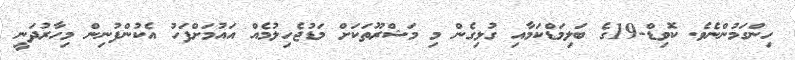
ހިންގަމުންނެވެ. ކޮވިޑް-19ގެ ބަލިމަޑްކަމާއި ގުޅިގެން މި މަޝްރޫތަކަށް މަޑުޖެހިލުމެއް އައުމަށްފަހު އެކުންފުނިން މިހާރުދަނީ